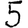
Digit: 5